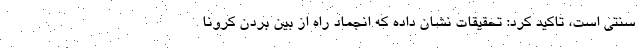
سنتی است، تاکید کرد: تحقیقات نشان داده که انجماد راه از بین بردن کرونا